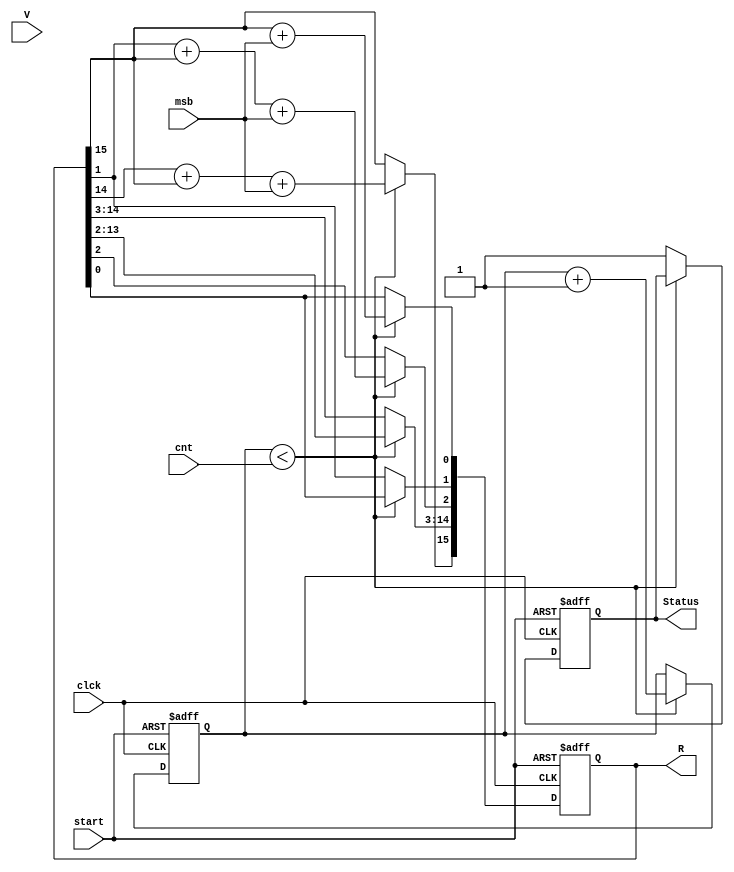
module reg_set(output reg [15:0] R,output reg Status,input [15:0]V,input [5:0]cnt,input msb,clck,start);
reg [5:0]c;
always@(posedge clck,posedge start) begin
    if(start==1) begin 
        R<=16'hFFFF;
        c<=0;
        Status<=0;
    end
    else if(c<cnt) begin
        R[0]<=R[15]+msb;
        R[1]<=R[0];
        R[2]<=R[1]+R[15]+msb;
        R[14:3]<=R[13:2];
        R[15]<=R[14]+R[15]+msb;
        c<=c+1'b1;
    end
    else Status<=1;
end

endmodule